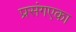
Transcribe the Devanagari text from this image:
प्रसंगएका